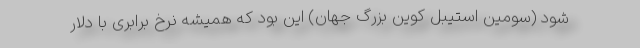
شود (سومین استیبل کوین بزرگ جهان) این بود که همیشه نرخ برابری با دلار